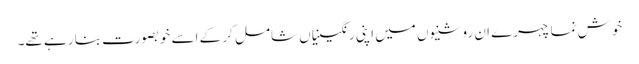
خوش نما چہرے ان روشنیوں میں اپنی رنگینیاں شامل کر کے اسے خوبصورت بنا رہے تھے۔